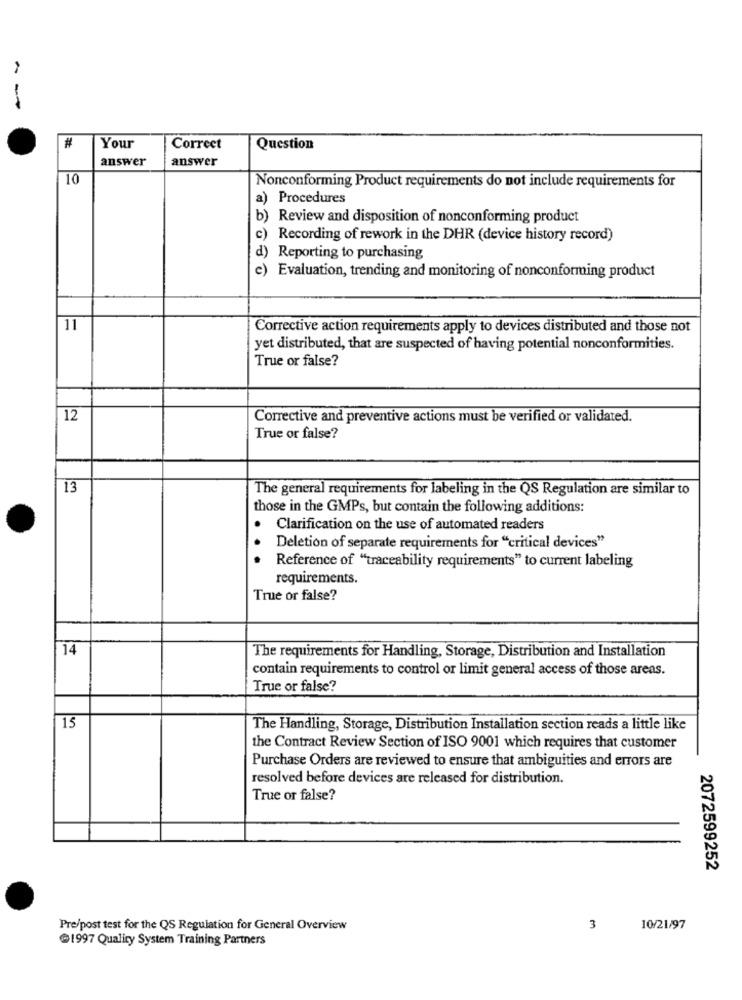
---
Your
Correct
Question
answer
answer
10
Nonconforming Product requirements do not include requirements for
a) Procedures
b) Review and disposition of nonconforming product
c) Recording of rework in the DHR (device history record)
d) Reporting to purchasing
e) Evaluation, trending and monitoring of nonconforming product
11
Corrective action requirements apply to devices distributed and those not
yet distributed, that are suspected of having potential nonconformities.
True or false?
12
Corrective and preventive actions must be verified or validated.
True or false?
13
The general requirements for labeling in the QS Regulation are similar to
those in the GMPs, but contain the following additions:
Clarification on the use of automated readers
Deletion of separate requirements for "critical devices"
Reference of "traceability requirements" to current labeling
requirements.
True or false?
14
The requirements for Handling, Storage, Distribution and Installation
contain requirements to control or limit general access of those areas.
True or false?
15
The Handling, Storage, Distribution Installation section reads a little like
the Contract Review Section of ISO 9001 which requires that customer
Purchase Orders are reviewed to ensure that ambiguities and errors are
resolved before devices are released for distribution.
True or false?
2072599252
Pre/post test for the QS Regulation for General Overview
3
10/21/97
@1997 Quality System Training Partners